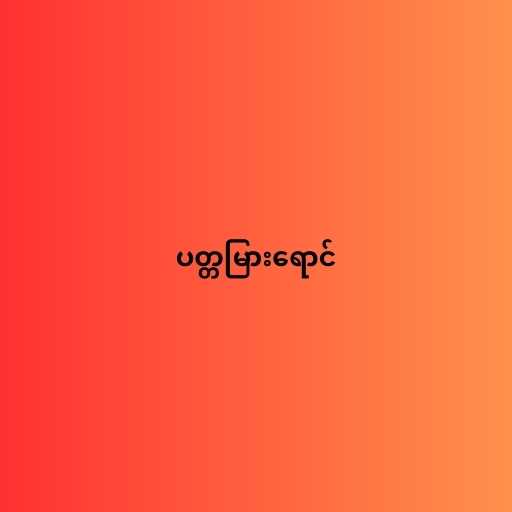
ပတ္တမြားရောင်